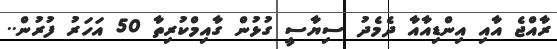
ރާއްޖެ އާއި އިންޑިއާއާ ދެމެދު ސިޔާސީ ގުޅުން ގާއިމްކުރިތާ 50 އަހަރު ފުރުން..